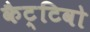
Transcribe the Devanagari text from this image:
कैट्टिवो